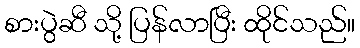
စားပွဲဆီ သို့ ပြန်လာပြီး ထိုင်သည်။